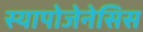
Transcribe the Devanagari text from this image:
स्यापोजेनेसिस